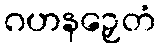
ဂဟနဉှေတံ